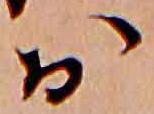
お